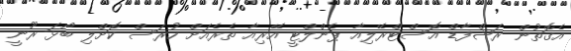
އެގޮތުން ރަޝްފާޑް އޮސްޓްރޭލިއާ ޕެންލްޓީ އޭރިއާ ތެރެއަށް ހުރަސް ކޮށްލި ބޯޅަ ރޫނީ